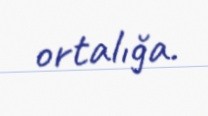
ortalığa.